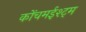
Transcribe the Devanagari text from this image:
कोंचमईश्ट्म